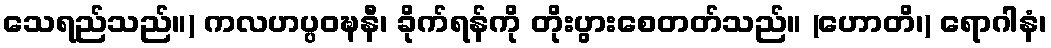
သေရည်သည်။) ကလဟပ္ပဝဍ္ဎနီ၊ ခိုက်ရန်ကို တိုးပွားစေတတ်သည်။ (ဟောတိ၊) ရောဂါနံ၊